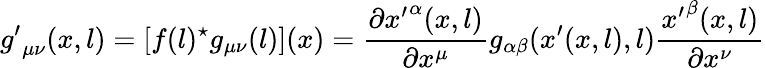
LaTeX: {g^{\prime}}_{\mu\nu}(x,l)=[f(l)^{\star}g_{\mu\nu}(l)](x)=\frac{\partial{x^{\prime}}^{\alpha}(x,l)}{\partial x^{\mu}}g_{\alpha\beta}(x^{\prime}(x,l),l)\frac{{x^{\prime}}^{\beta}(x,l)}{\partial x^{\nu}}